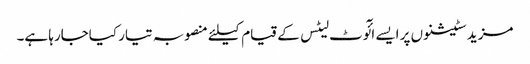
مزید سٹیشنوں پر ایسے ائٓوٹ لیٹس کے قیام کیلئے منصوبہ تیار کیاجارہا ہے۔